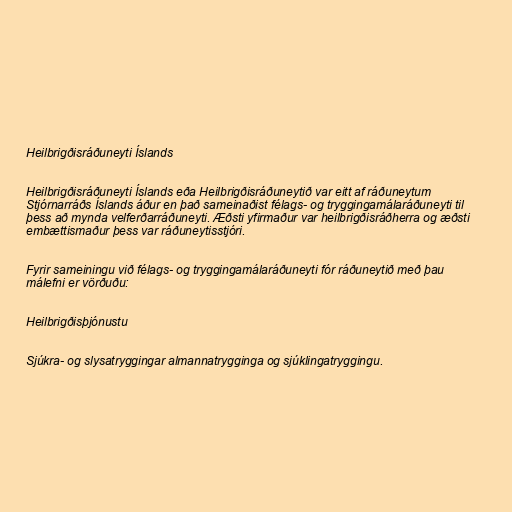
Heilbrigðisráðuneyti Íslands

Heilbrigðisráðuneyti Íslands eða Heilbrigðisráðuneytið var eitt af ráðuneytum
Stjórnarráðs Íslands áður en það sameinaðist félags- og tryggingamálaráðuneyti til
þess að mynda velferðarráðuneyti. Æðsti yfirmaður var heilbrigðisráðherra og æðsti
embættismaður þess var ráðuneytisstjóri.

Fyrir sameiningu við félags- og tryggingamálaráðuneyti fór ráðuneytið með þau
málefni er vörðuðu:

Heilbrigðisþjónustu

Sjúkra- og slysatryggingar almannatrygginga og sjúklingatryggingu.